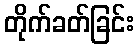
တိုက်ခတ်ခြင်း